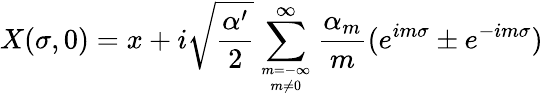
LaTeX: X(\sigma,0)=x+i\sqrt{\frac{\alpha^{\prime}}{2}}\sum_{{m={-\infty}}\atop{m\neq 0}}^{\infty}\frac{\alpha_{m}}{m}(e^{im\sigma}\pm e^{-im\sigma})